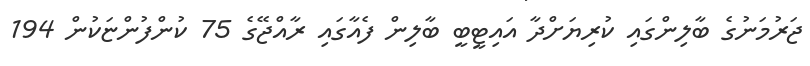
ޖަރުމަނުގެ ބާލިންގައި ކުރިޔަށްދާ އައިޓީބީ ބާލިން ފެއާގައި ރާއްޖޭގެ 75 ކުންފުންޏަކުން 194